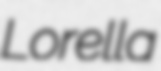
Lorella